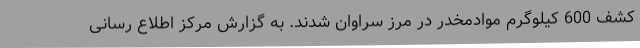
کشف 600 کیلوگرم موادمخدر در مرز سراوان شدند. به گزارش مرکز اطلاع رسانی